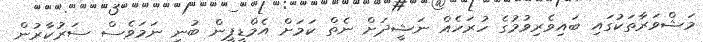
މަޝްވަރާތަކުގައި ބައިވެރިވުމުގެ ހުރަހެއް ނަޝީދަށް ނެތް ކަމަށް އެމްޑީޕީން ބުނި ނަަމަވެސް ސަރުކާރުން